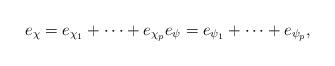
LaTeX: \begin{align*}e_\chi=e_{\chi_1}+\dots+e_{\chi_p}e_\psi=e_{\psi_1}+\dots+e_{\psi_p},\end{align*}